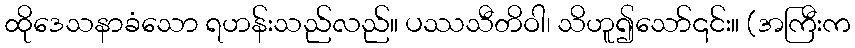
ထိုဒေသနာခံသော ရဟန်းသည်လည်။ ပဿသီတိဝါ၊ သိဟူ၍သော်၎င်း။ (အကြီးက